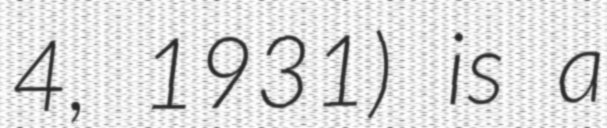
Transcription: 4, 1931) is a